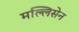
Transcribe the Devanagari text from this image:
मल्लिसेन